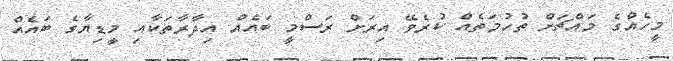
މީހެއްގެ މައްޗަށް ތުހުމަތެއް ކުރެވޭ އިރަށް ރަސްމީ ބައެއް އިދާރާތަކާއި މީޑިޔާގެ ބައެއް